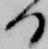
る